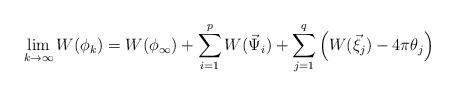
LaTeX: \begin{align*}\lim\limits_{k\rightarrow\infty}W(\phi_k)=W(\phi_{\infty})+\sum_{i=1}^{p}W(\vec{\Psi}_i)+\sum_{j=1}^{q}\left(W(\vec{\xi}_j)-4\pi\theta_j\right)\end{align*}